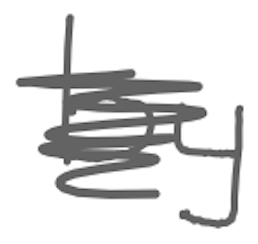
Text: by
Cross-out: scratch
Writing tool: digital_gray